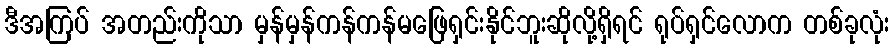
ဒီအကြပ် အတည်းကိုသာ မှန်မှန်ကန်ကန်မဖြေရှင်းနိုင်ဘူးဆိုလို့ရှိရင် ရုပ်ရှင်လောက တစ်ခုလုံး